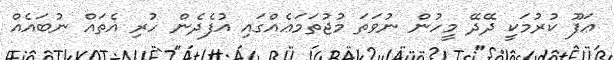
ޢަފޫ ކުރުމަކީ ދޭދޭ މީހުން ނުވަތަ މުޖުތަމަޢެއްގައި އުފެދެން ހުރި އެތައް ނުބައެއް